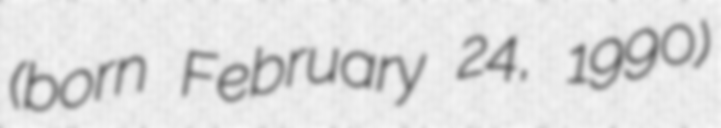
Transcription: (born February 24, 1990)